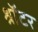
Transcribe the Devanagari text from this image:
श्रॉटर